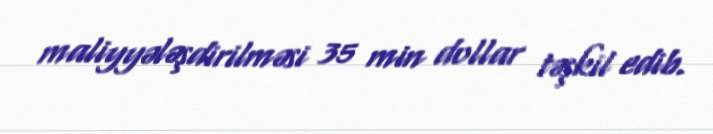
maliyyələşdirilməsi 35 min dollar təşkil edib.